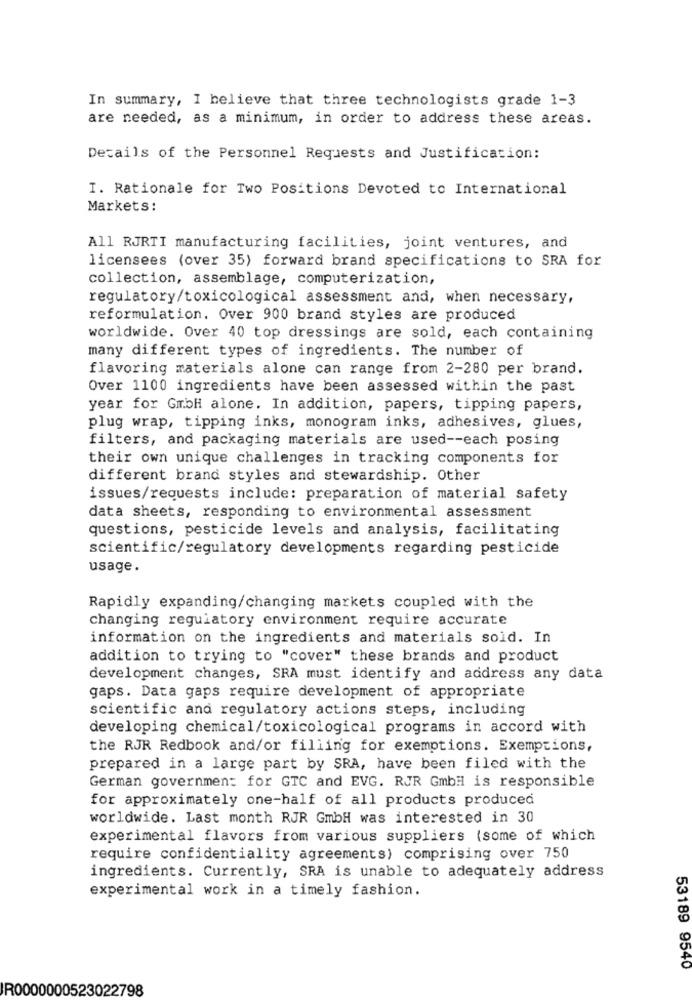
In summary, I believe that three technologists grade 1-3
are needed, as a minimum, in order to address these areas.
Details of the Personnel Requests and Justification:
I. Rationale for Two Positions Devoted to International
Markets:
All RJRTI manufacturing facilities, joint ventures, and
licensees (over 35) forward brand specifications to SRA for
collection, assemblage, computerization,
regulatory/toxicological assessment and, when necessary,
reformulation. Over 900 brand styles are produced
worldwide. Over 40 top dressings are sold, each containing
many different types of ingredients. The number of
flavoring materials alone can range from 2-280 per brand.
Over 1100 ingredients have been assessed within the past
year for GmbH alone. In addition, papers, tipping papers,
plug wrap, tipping inks, monogram inks, adhesives, glues,
filters, and packaging materials are used -- each posing
their own unique challenges in tracking components for
different brand styles and stewardship. Other
issues/requests include: preparation of material safety
data sheets, responding to environmental assessment
questions, pesticide levels and analysis, facilitating
scientific/regulatory developments regarding pesticide
usage .
Rapidly expanding/changing markets coupled with the
changing regulatory environment require accurate
information on the ingredients and materials sold. In
addition to trying to "cover" these brands and product
development changes, SRA must identify and address any data
gaps. Data gaps require development of appropriate
scientific and regulatory actions steps, including
developing chemical/toxicological programs in accord with
the RJR Redbook and/or filling for exemptions. Exemptions,
prepared in a large part by SRA, have been filed with the
German government for GTC and EVG. RUR GmbH is responsible
for approximately one-half of all products produced
worldwide. Last month RJR GmbH was interested in 30
experimental flavors from various suppliers (some of which
require confidentiality agreements) comprising over 750
ingredients. Currently, SRA is unable to adequately address
experimental work in a timely fashion.
53189 9540
R0000000523022798